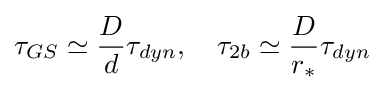
\tau _{GS}\simeq {\frac {D}{d}}\tau _{dyn},\quad \tau _{2b}\simeq {\frac {D}{r_{*}}}\tau _{dyn}